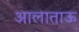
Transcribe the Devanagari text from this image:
आलाताऊ